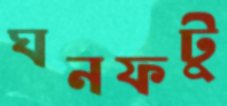
ঘনফটু